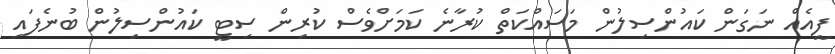
ފީއެއް ނަގަން ކައުންސިލުން މަސައްކަތް ކުރާނެ ކަމަށްވެސް ކުރިން ސިޓީ ކައުންސިލުން ބުނެފައި